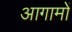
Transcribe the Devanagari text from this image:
आगामों